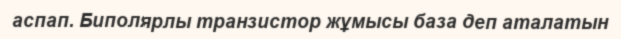
аспап. Биполярлы транзистор жұмысы база деп аталатын